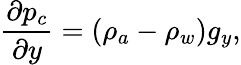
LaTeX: \frac{\partial p_{c}}{\partial y}=(\rho_{a}-\rho_{w})g_{y},